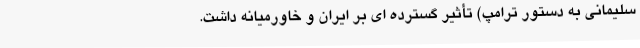
سلیمانی به دستور ترامپ) تأثیر گسترده ای بر ایران و خاورمیانه داشت.